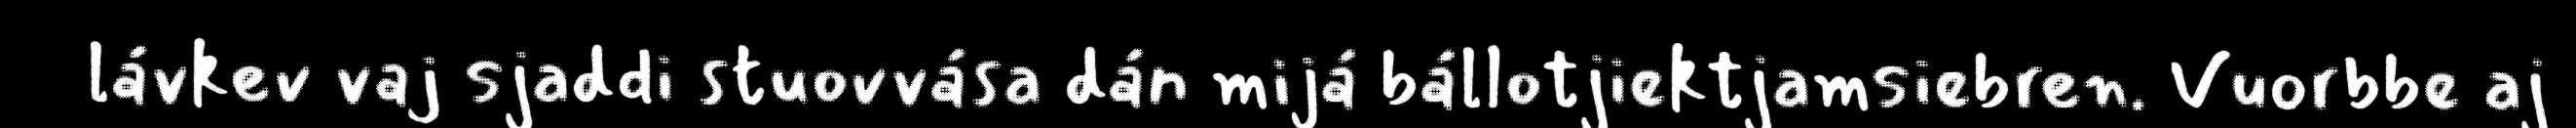
lávkev vaj sjaddi stuovvása dán mijá bállotjiektjamsiebren. Vuorbbe aj